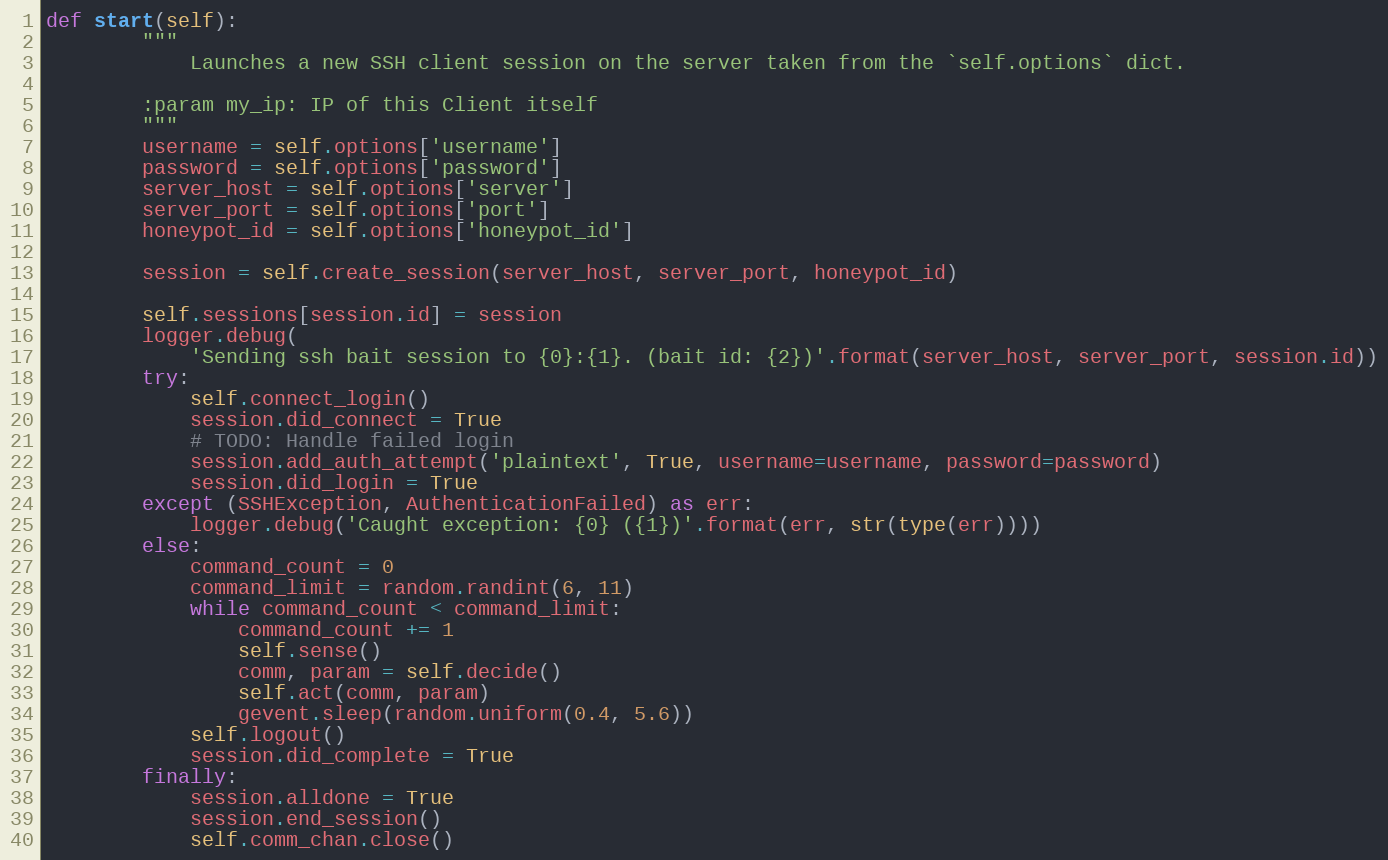
Language: Python
def start(self):
        """
            Launches a new SSH client session on the server taken from the `self.options` dict.

        :param my_ip: IP of this Client itself
        """
        username = self.options['username']
        password = self.options['password']
        server_host = self.options['server']
        server_port = self.options['port']
        honeypot_id = self.options['honeypot_id']

        session = self.create_session(server_host, server_port, honeypot_id)

        self.sessions[session.id] = session
        logger.debug(
            'Sending ssh bait session to {0}:{1}. (bait id: {2})'.format(server_host, server_port, session.id))
        try:
            self.connect_login()
            session.did_connect = True
            # TODO: Handle failed login
            session.add_auth_attempt('plaintext', True, username=username, password=password)
            session.did_login = True
        except (SSHException, AuthenticationFailed) as err:
            logger.debug('Caught exception: {0} ({1})'.format(err, str(type(err))))
        else:
            command_count = 0
            command_limit = random.randint(6, 11)
            while command_count < command_limit:
                command_count += 1
                self.sense()
                comm, param = self.decide()
                self.act(comm, param)
                gevent.sleep(random.uniform(0.4, 5.6))
            self.logout()
            session.did_complete = True
        finally:
            session.alldone = True
            session.end_session()
            self.comm_chan.close()